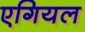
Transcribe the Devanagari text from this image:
एगियल